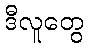
ဒီလူတွေ